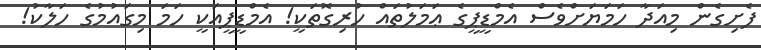
ފެށިގެން މިއަދާ ހަމަޔަށްވެސް އެމްޑީޕީގެ ޢަމަލުތައް ހުރިގޮތަކީ! އެމްޑީޕީއަކީ ހަމަ މިގައުމުގެ ހަލާކު!